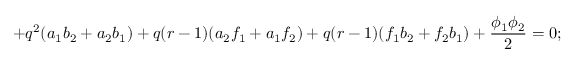
+ q ^ { 2 } ( a _ { 1 } b _ { 2 } + a _ { 2 } b _ { 1 } ) + q ( r - 1 ) ( a _ { 2 } f _ { 1 } + a _ { 1 } f _ { 2 } ) + q ( r - 1 ) ( f _ { 1 } b _ { 2 } + f _ { 2 } b _ { 1 } ) + \frac { \phi _ { 1 } \phi _ { 2 } } { 2 } = 0 ;